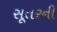
સૂતરની